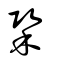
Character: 䅃